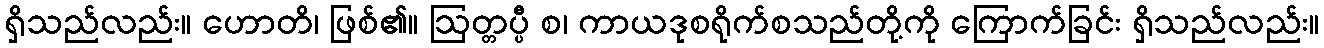
ရှိသည်လည်း။ ဟောတိ၊ ဖြစ်၏။ ဩတ္တပ္ပီ စ၊ ကာယဒုစရိုက်စသည်တို့ကို ကြောက်ခြင်း ရှိသည်လည်း။